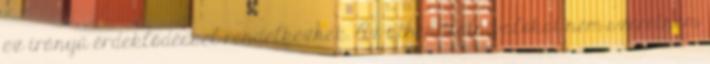
ez irányú érdeklődéssel rendelkeznek. Az athéni látnivalókat nem szeretném